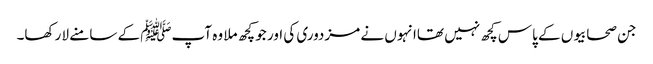
جن صحابیوں کے پاس کچھ نہیں تھاانہوں نے مزدوری کی اور جو کچھ ملا وہ آپﷺ کے سامنے لا رکھا۔